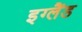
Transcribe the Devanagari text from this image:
इग्‍लैंड